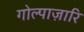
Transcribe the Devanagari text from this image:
गोल्पाज़ारि